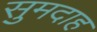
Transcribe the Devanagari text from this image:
सुमदाह